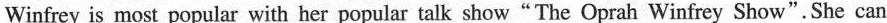
Winfrey is most popular with her popular talk show"The Oprah Winfrey Show".She can